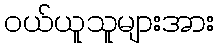
ဝယ်ယူသူများအား